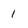
Character: 1